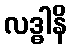
လဒ္ဓါနိ